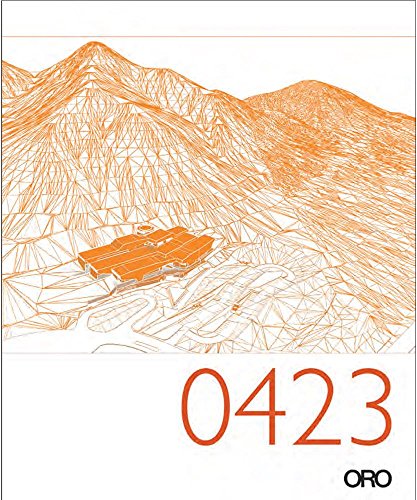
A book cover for Ennead Profile Series 6: Natural History Museum of Utah; Ennead Architects; Travel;